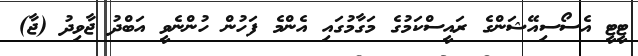
ޓީޓީ އެސޯސިއޭޝަންގެ ރައީސްކަމުގެ މަގާމުގައި އެންމެ ފަހުން ހުންނެވީ އަބްދު ޖާވިދު (ޖާ)